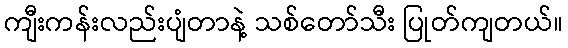
ကျီးကန်းလည်းပျံတာနဲ့ သစ်တော်သီး ပြုတ်ကျတယ်။